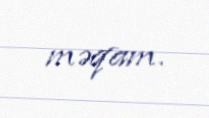
məqam.